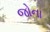
જોના